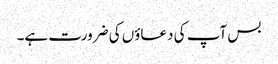
بس آپ کی دعاؤں کی ضرورت ہے۔